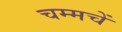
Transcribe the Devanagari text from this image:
चम्मचें